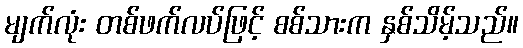
မျက်လုံး တစ်ဖက်လပ်ဖြင့် စစ်သားက နှစ်သိမ့်သည်။